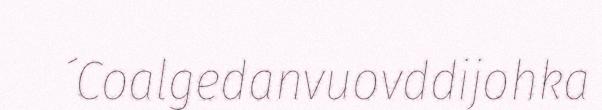
´Coalgedanvuovddijohka